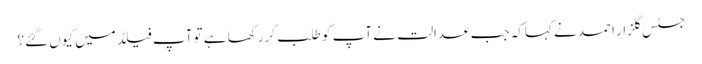
جسٹس گلزار احمد نے کہاکہ جب عدالت نے آپ کو طلب کررکھا ہے تو آپ فیلڈ میں کیوں گئے؟